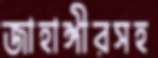
জাহাঙ্গীরসহ